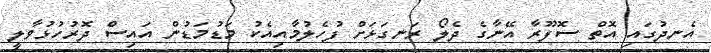
އެނދުގައި އޮތް ސޮފޫރާ އޭނާގެ ދެލޯ ރަނގަޅަށް ފުހެލުމާއިއެކު މަޑުމަޑުން އައިސް ދޮރުހުޅުވާލީ